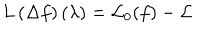
LaTeX: L \left( \Delta f \right) \left( \lambda \right) = { \cal L } _ { 0 } ( f ) - { \cal L }